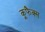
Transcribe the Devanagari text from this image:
कूफैक्स